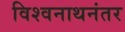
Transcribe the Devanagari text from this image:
विश्वनाथनंतर